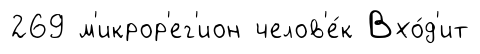
269 м'икрор'ег'ион челов'е́к Вхо́д'ит